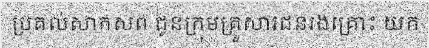
ប្រគល់សាកសព ជូនក្រុមគ្រួសារជនរងគ្រោះ យក